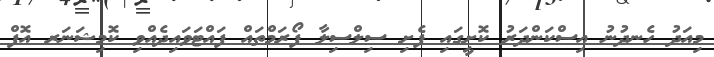
މިއަދު ހެނދުނު އިސްކަންދަރު ކޮށީގައި ފެށި ސިލްސިލާ ފޯރަމްތައް ފައްޓަވައިދެއްވި ކޮމިޝަނަރ އޮފް